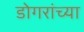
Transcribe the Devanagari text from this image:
डोगरांच्या